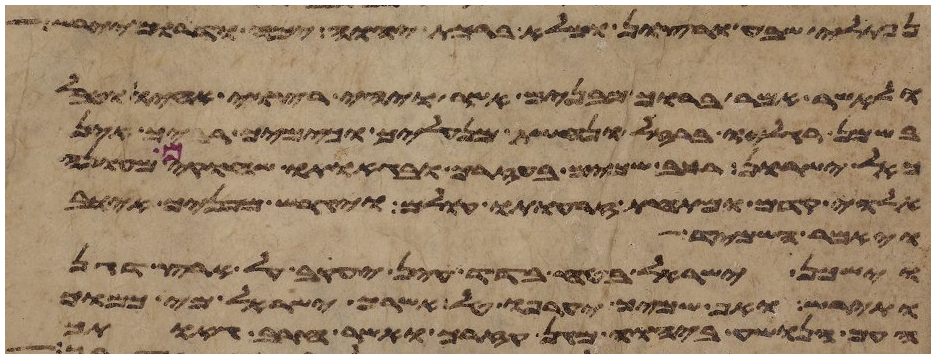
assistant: נפתלי שבע ורצון ומלא ברכת יהוה ימה ודרום יירש
ולאשר אמר ברוך מבנים אשר ויהי רצוי אחיו וטבל
בשמן רגליו ברזל ונחשת מנעליך וכימיך רביך אין
כאל ישרון רכב שמים בעזרך ובגאתו שחקים מעונה
אלהי קדם ומתחת זרועת עולם ויגרש מפניך אויב
ויאמר השמיד
וישכן ישראל בטח בדד עין יעקב על ארץ דגן
ותירש ואף שמיך יערפו טל אשרך ישראל מי כמוך
העם הנושע ביהוה מגן עזרך ואשר חרב גאתך